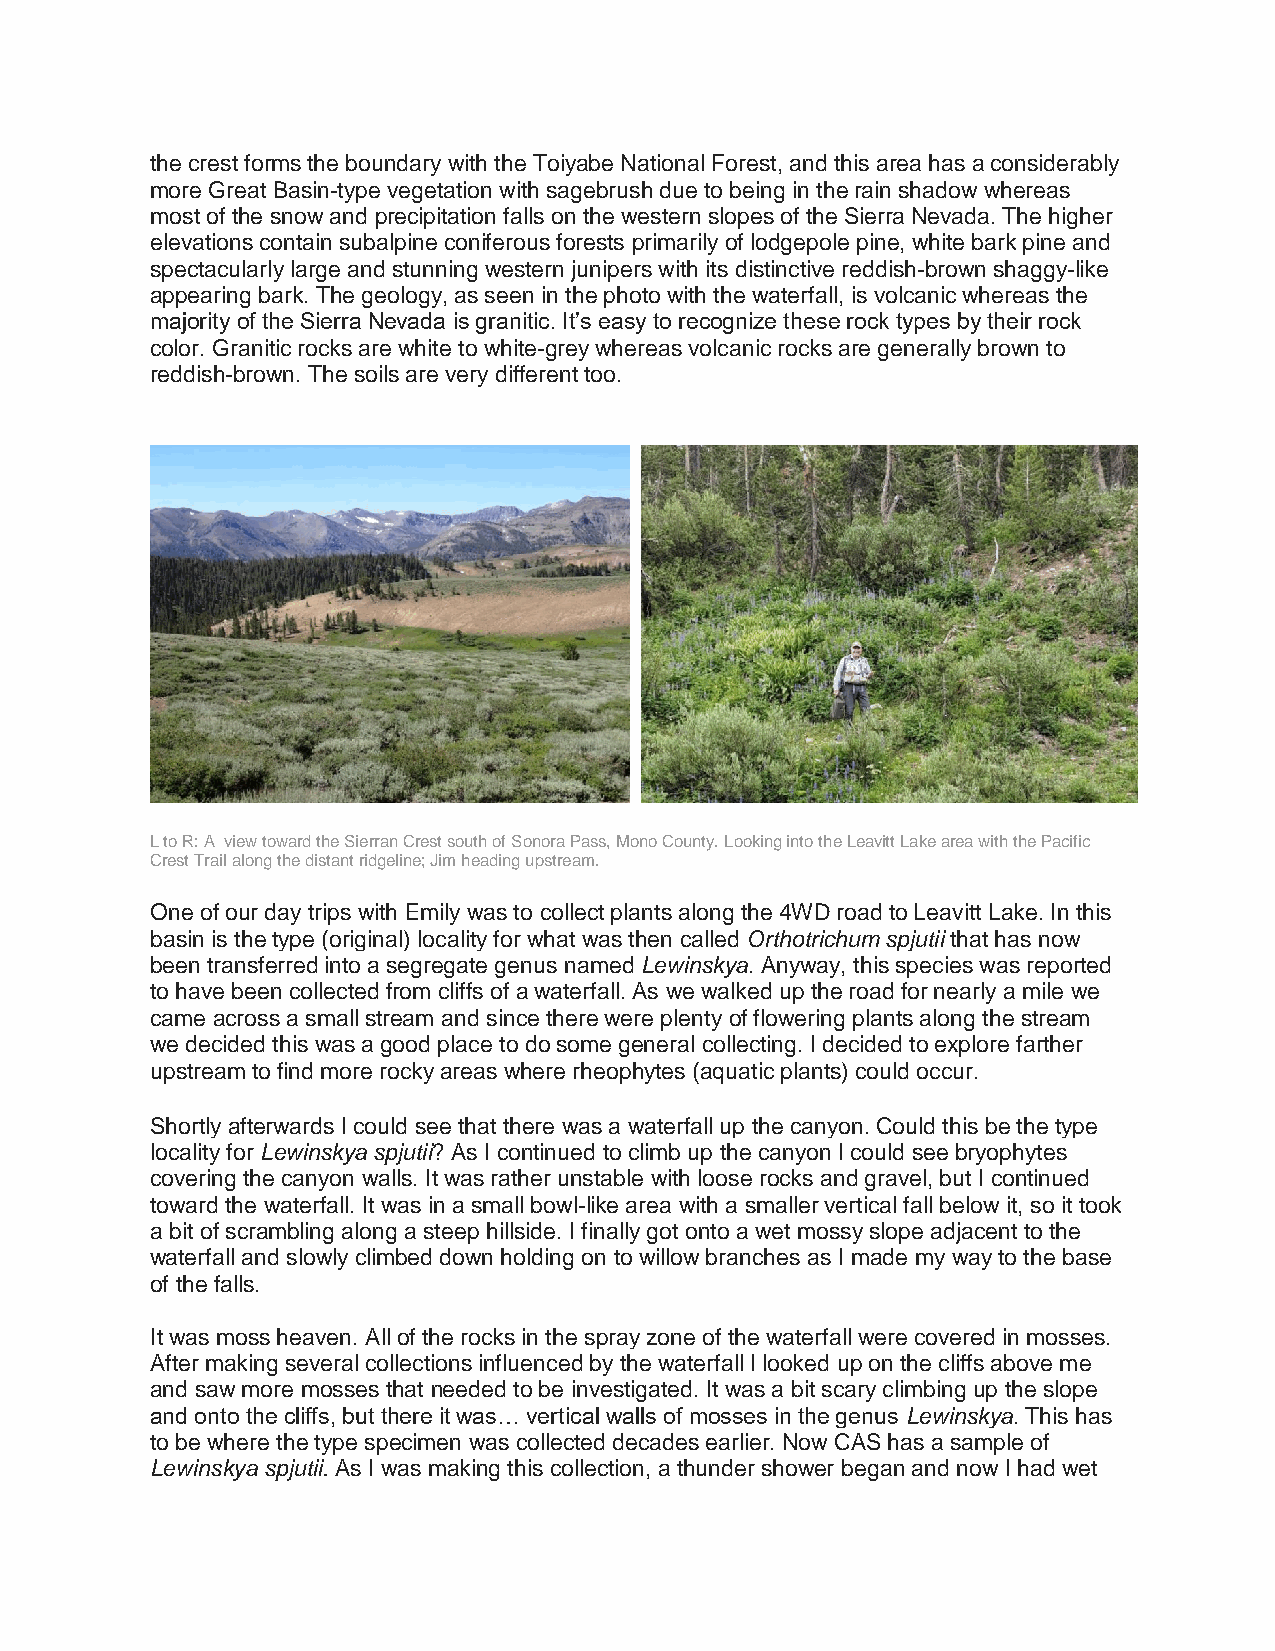
the crest forms the boundary with the Toiyabe National Forest, and this area has a considerably
 more Great Basin-type vegetation with sagebrush due to being in the rain shadow whereas
 most of the snow and precipitation falls on the western slopes of the Sierra Nevada. The higher
 elevations contain subalpine coniferous forests primarily of lodgepole pine, white bark pine and
 spectacularly large and stunning western junipers with its distinctive reddish-brown shaggy-like
 appearing bark. The geology, as seen in the photo with the waterfall, is volcanic whereas the
 majority of the Sierra Nevada is granitic. It’s easy to recognize these rock types by their rock
 color. Granitic rocks are white to white-grey whereas volcanic rocks are generally brown to
 reddish-brown. The soils are very different too.
 L to R: A view toward the Sierran Crest south of Sonora Pass, Mono County. Looking into the Leavitt Lake area with the Pacific
 Crest Trail along the distant ridgeline; Jim heading upstream.
 One of our day trips with Emily was to collect plants along the 4WD road to Leavitt Lake. In this
 basin is the type (original) locality for what was then called Orthotrichum spjutii that has now
 been transferred into a segregate genus named Lewinskya. Anyway, this species was reported
 to have been collected from cliffs of a waterfall. As we walked up the road for nearly a mile we
 came across a small stream and since there were plenty of flowering plants along the stream
 we decided this was a good place to do some general collecting. I decided to explore farther
 upstream to find more rocky areas where rheophytes (aquatic plants) could occur.
 Shortly afterwards I could see that there was a waterfall up the canyon. Could this be the type
 locality for Lewinskya spjutii? As I continued to climb up the canyon I could see bryophytes
 covering the canyon walls. It was rather unstable with loose rocks and gravel, but I continued
 toward the waterfall. It was in a small bowl-like area with a smaller vertical fall below it, so it took
 a bit of scrambling along a steep hillside. I finally got onto a wet mossy slope adjacent to the
 waterfall and slowly climbed down holding on to willow branches as I made my way to the base
 of the falls.
 It was moss heaven. All of the rocks in the spray zone of the waterfall were covered in mosses.
 After making several collections influenced by the waterfall I looked up on the cliffs above me
 and saw more mosses that needed to be investigated. It was a bit scary climbing up the slope
 and onto the cliffs, but there it was… vertical walls of mosses in the genus Lewinskya. This has
 to be where the type specimen was collected decades earlier. Now CAS has a sample of
 Lewinskya spjutii. As I was making this collection, a thunder shower began and now I had wet